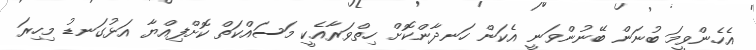
އެހެންވީމަ ބުނަން ބޭނުންވަނީ އެކަން ހަނދާންކޮށް ހިތްވަރާއެކީ މަސައްކަތް ކޮށްފިއްޔާ އަޅުގަނޑު މިހިރަ